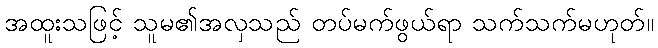
အထူးသဖြင့် သူမ၏အလှသည် တပ်မက်ဖွယ်ရာ သက်သက်မဟုတ်။